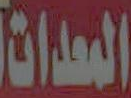
المعدات